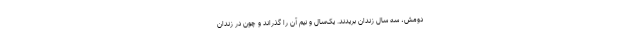
دومش، سه سال زندان بریدند. یک‌سال و نیم آن را گذراند و چون در زندان